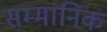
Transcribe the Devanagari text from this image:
सम्‍मानिक